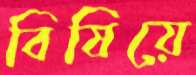
বিষিয়ে